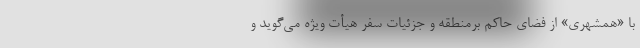
با «همشهری» از فضای حاکم برمنطقه و جزئیات سفر هیأت ویژه می‌گوید و